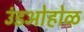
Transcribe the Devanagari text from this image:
उंडओहोळ